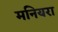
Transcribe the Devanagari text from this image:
मनियरा